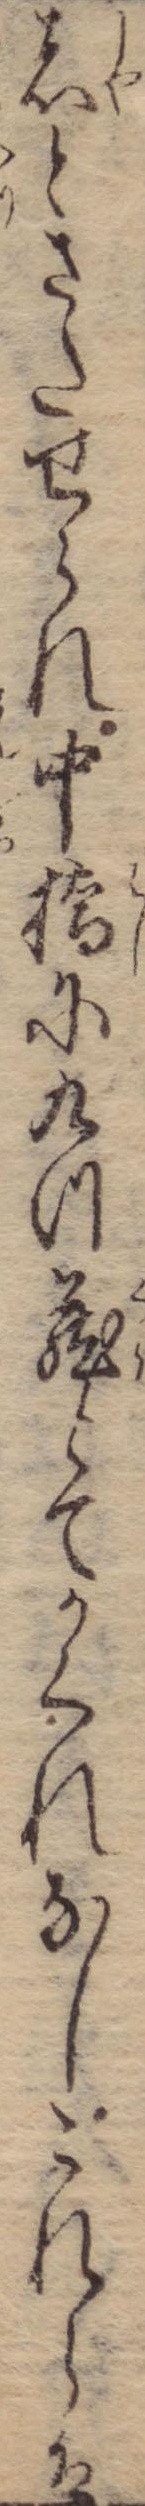
者とさたせられ中橋に九つ蔵とてかくれなしこれらは